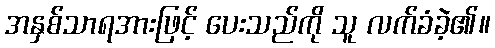
အနှစ်သာရအားဖြင့် ပေးသည်ကို သူ လက်ခံခဲ့၏။